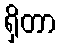
ရှိတာ